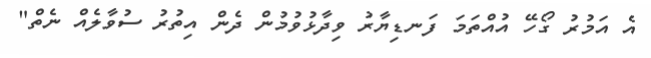
އެ އަމުރު ގޯހޭ އުއްތަމަ ފަނޑިޔާރު ވިދާޅުވުމުން ދެން އިތުރު ސުވާލެއް ނެތް"